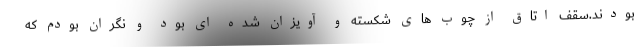
بودند.سقف اتاق از چوب های شکسته و آویزان شده ای بود و نگران بودم که